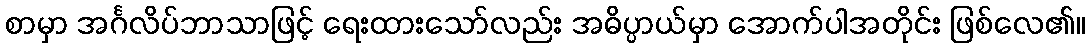
စာမှာ အင်္ဂလိပ်ဘာသာဖြင့် ရေးထားသော်လည်း အဓိပ္ပာယ်မှာ အောက်ပါအတိုင်း ဖြစ်လေ၏။